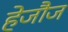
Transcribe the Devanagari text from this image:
हेजौज